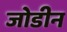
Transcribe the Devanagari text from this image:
जोडीन